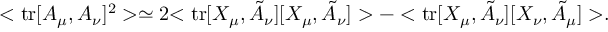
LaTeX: < \mathrm { t r } [ A _ { \mu } , A _ { \nu } ] ^ { 2 } > \simeq 2 { < \mathrm { t r } [ X _ { \mu } , \tilde { A } _ { \nu } ] [ X _ { \mu } , \tilde { A } _ { \nu } ] > - < \mathrm { t r } [ X _ { \mu } , \tilde { A } _ { \nu } ] [ X _ { \nu } , \tilde { A } _ { \mu } ] > } .